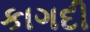
કાગદી